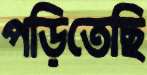
পড়িতেছি